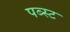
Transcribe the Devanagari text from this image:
पब्स्ट